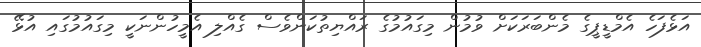
އަޅެފަހެ އެމްޑީޕީގެ މެންބަރަކަށް ވުމުން މިގައުމުގެ ރައްޔިތުކަންވެސް ގެއްލި އެމީހުންނަކީ މިގައުމުގައި އުޅޭ